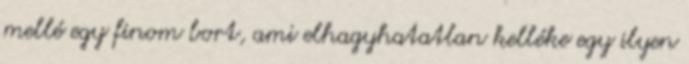
mellé egy finom bort, ami elhagyhatatlan kelléke egy ilyen